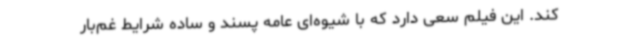
کند. این فیلم سعی دارد که با شیوه‌ای عامه پسند و ساده شرایط غم‌بار